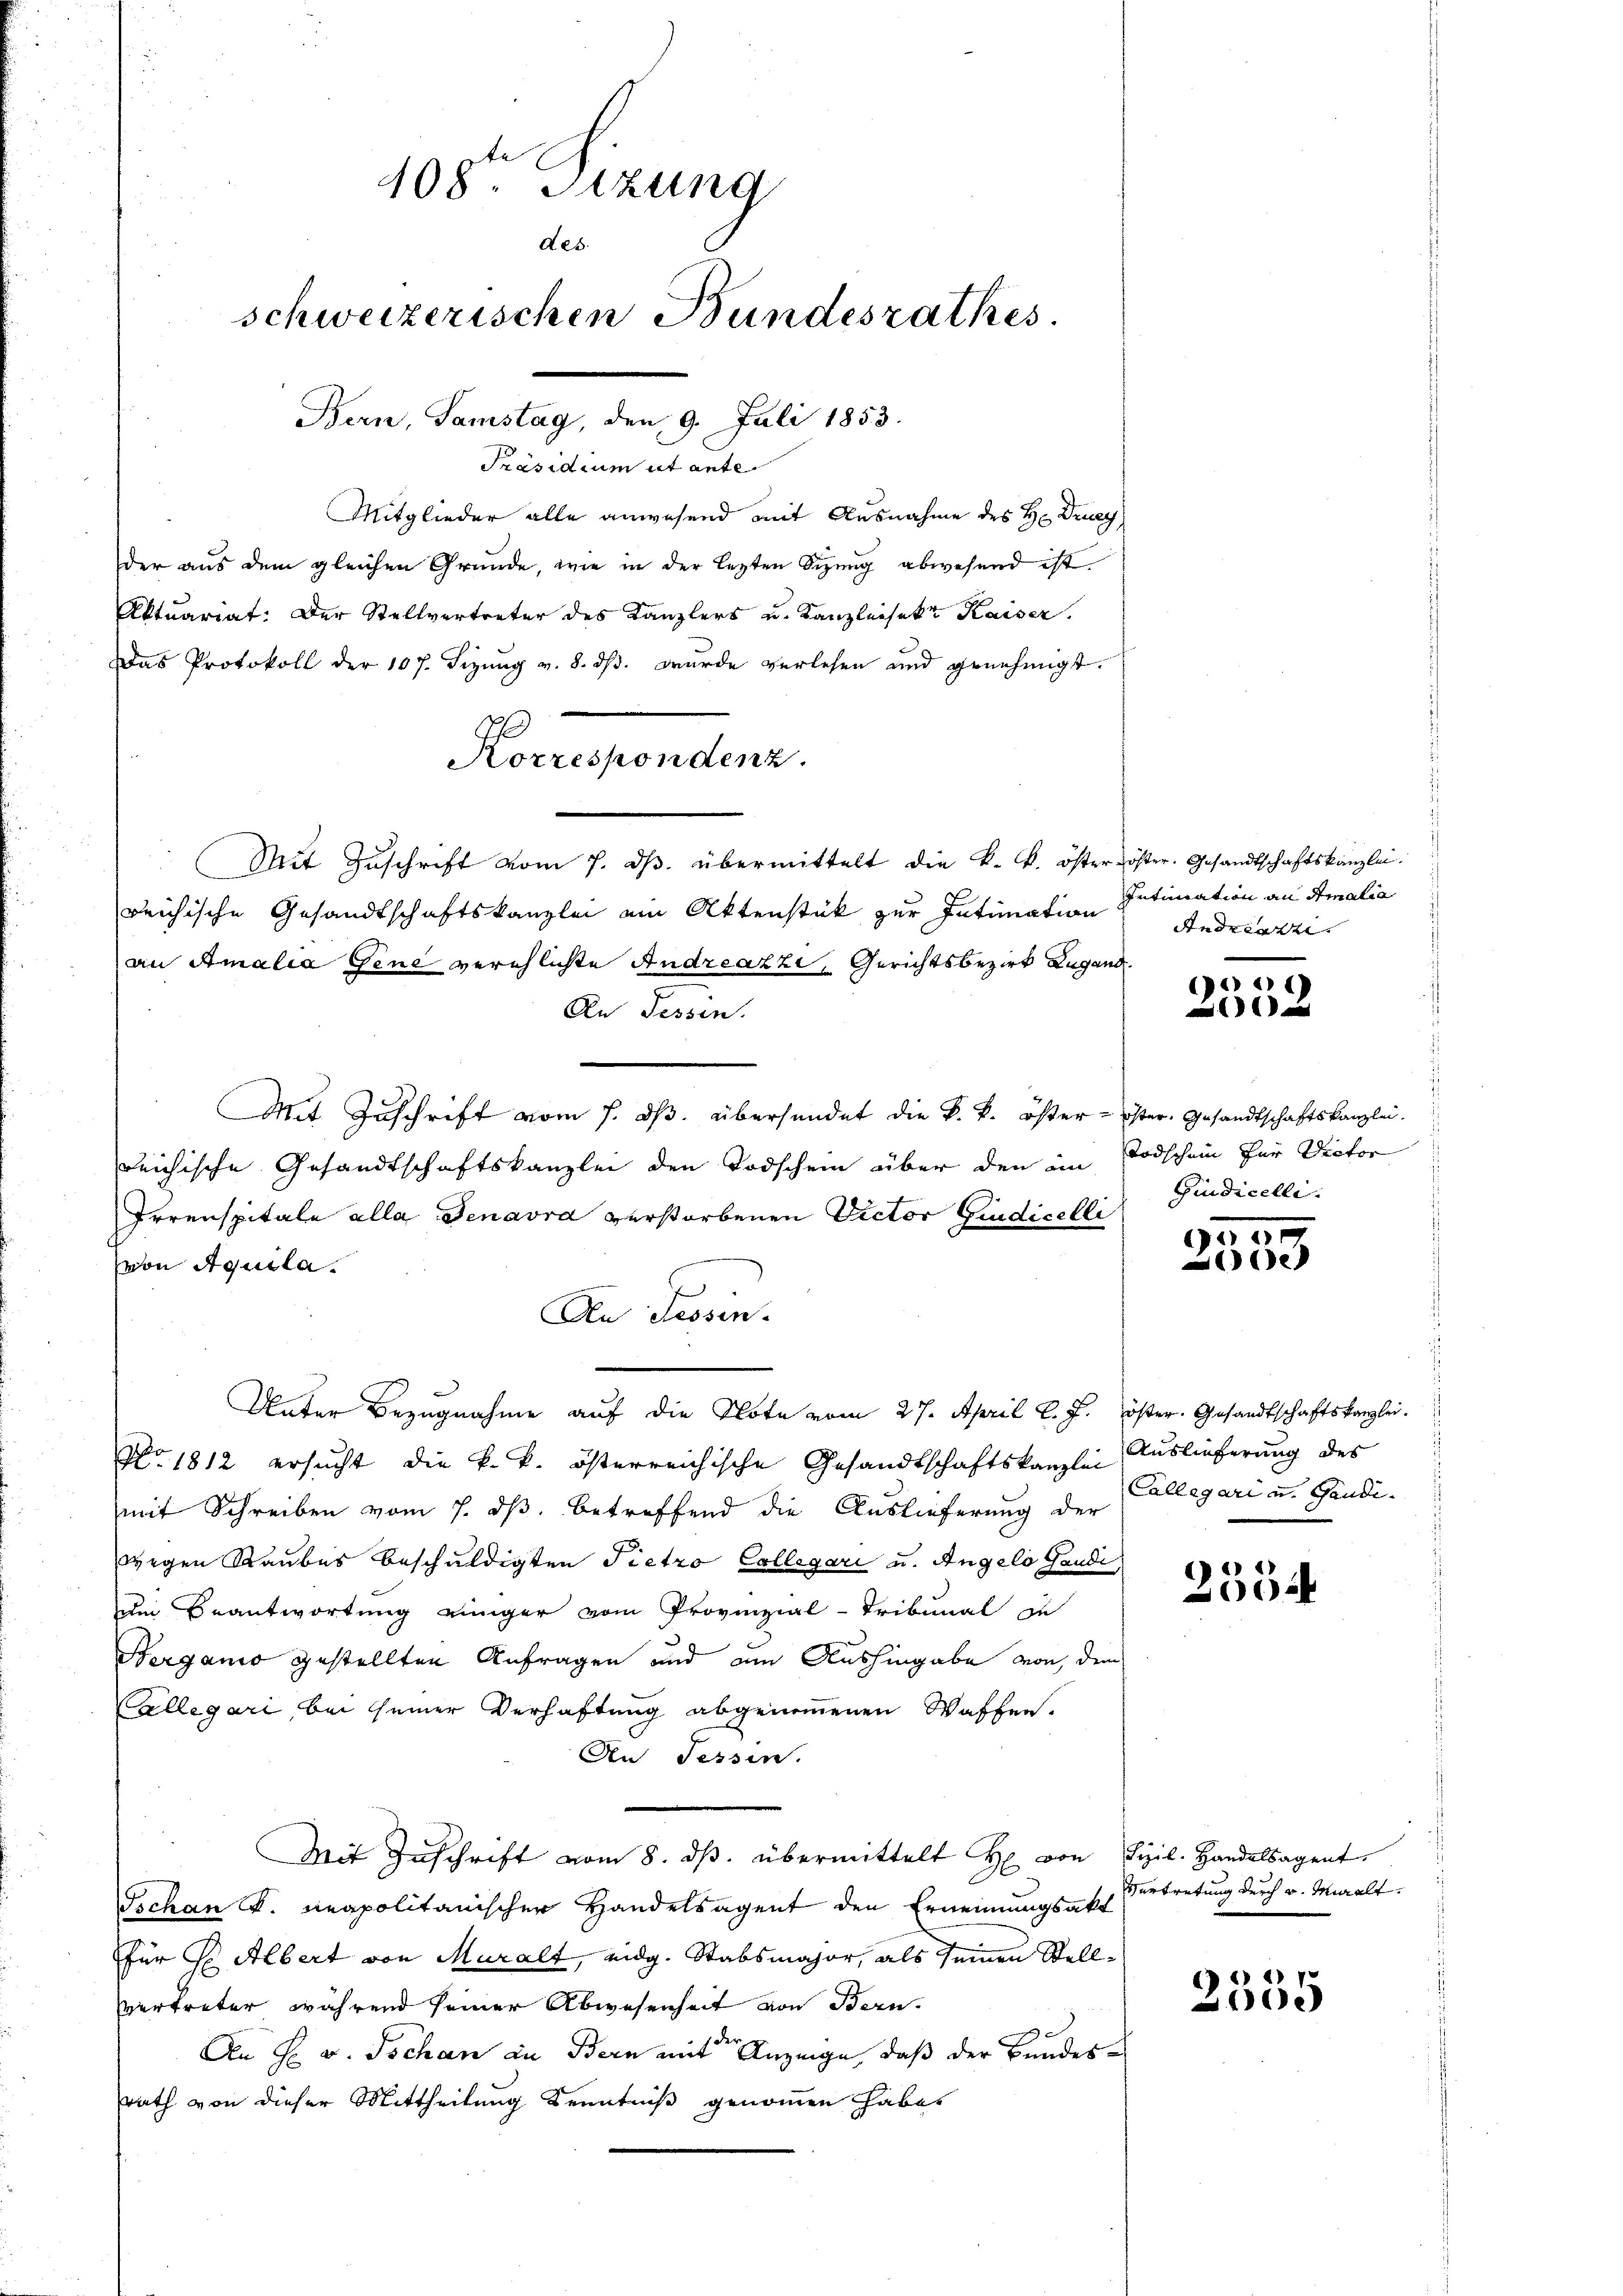
408. Sitzung
des.
schweizerischen Bundesrathes
Bern, Samstag, den 9. Juli 1853.

Präsidium ut ante.
Mitglieder alle anwesend mit Ausnahme des H: Drey
der aus dem gleichen Gründe, wie in der lezten Sizung abwesend ist.
Aktuariat. Der Stellvertreter des Kanzlers u. Kanzleisekt Kaiser.
Das Protokoll der 107. Sizung v. 8. dβ. wurde verlesen und genehmigt.
Mit Zŭschrift vom 7. dβ. übermittelt die k. k. öster öster. Gesandtschaftskanzlei.
reichische Gesandtschaftskanzlei am Aktenstük zur Intimation
an Amalia Gene verehlichte Andreazzi, Gerichtsbezirk Lugand.
An Tessin.
Mit Zuschrift vom 7. ds. übersendet die k. k. öster - öster. Gesandtschaftskanzlei.
reichische Gesandtschaftskanzlei den Todschein über den im Todschein für Victor
Irrenspitale alla Senavra verstorbenen Victor Giudicelli
von Aquila.
An Tessin.
Unter Bezugnahme auf die Klote vom 27. April l. J. öster. Gesandtschaftskanzlei.
Nro 1812 ersucht die k. k. österreichische Gesandtschaftskanzlei Auslieferung des
mit Schreiben vom 7. ds. betreffend die Auslieferung der
wegen Raubes beschuldigten Pietro Collegari u. Angelo Gaudi
de Beantwortung einiger vom Provinzial-Tribunal zu
Berganis gestellten Anfragen und am Aushingabe von dem
Allegari, bei seiner Verhaftung abgenommenen Waffen.
An Tessin.
Mit Zŭschrift vom 8. dβ. übermittelt H. von Sizil. Handelsagent
Tschan K. neapolitanischer Handelsagent den Ernennungsakt
für Hr. Albert von Muralt, eidg. Stabsmajor, als seinen Stellvertreter, während seiner Abwesenheit von Bern.
An H. v. Jochan in Bern mit Anzeige, daß der Bundes
rath von dieser Mittheilung Kenntniß genommen habe.

Korrespondenz.

Intimation an Amalia
Andreazze

l

Giudicelli

9500
de

Collegari u. Gandi

2354

Vertretung durch v. Muralt.

C) 2) V
e